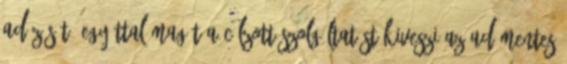
adózását, egyúttal magát a célzott szolgáltatást kiveszi az adómentes